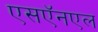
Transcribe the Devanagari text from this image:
एसऍनएल